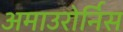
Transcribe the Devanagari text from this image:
अमाउरोर्निस